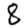
Digit: 8